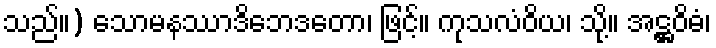
သည်။) သောမနဿာဒိဘေဒတော၊ ဖြင့်။ ကုသလံဝိယ၊ သို့။ အဋ္ဌဝိဓံ၊